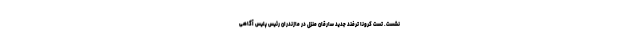
نشست. تست کرونا ترفند جدید سارقان منزل در مازندران رئیس پلیس آگاهی